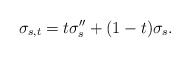
\begin{align*}\sigma_{s,t} = t\sigma''_{s} + (1-t)\sigma_{s}. \end{align*}